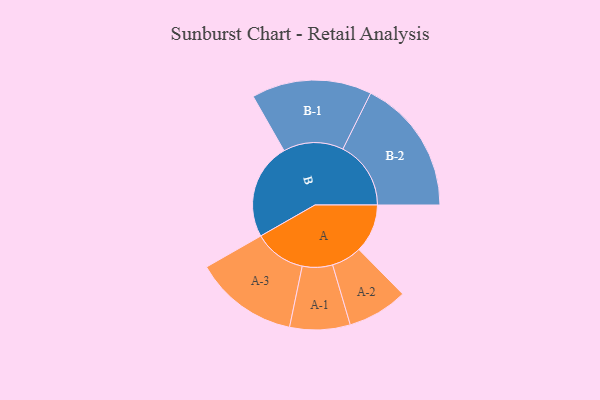
{"axis": {"x": "Segment", "y": "Value"}, "legend": ["", "A", "B"], "data": [{"x": "A", "y": 190, "type": ""}, {"x": "B", "y": 377, "type": ""}, {"x": "A-1", "y": 118, "type": "A"}, {"x": "A-2", "y": 118, "type": "A"}, {"x": "A-3", "y": 203, "type": "A"}, {"x": "B-1", "y": 235, "type": "B"}, {"x": "B-2", "y": 266, "type": "B"}]}